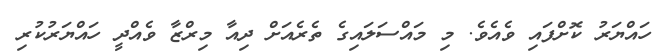
ހައްޔަރު ކޮށްފައި ވެއެވެ. މި މައްސަލައިގެ ތެރެއަށް ދިއާ މިރްޒާ ވެއްދީ ހައްޔަރުކުރި